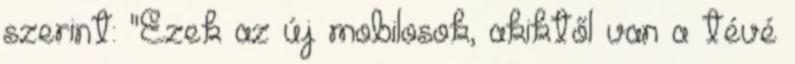
szerint: "Ezek az új mobilosok, akiktől van a tévé